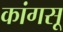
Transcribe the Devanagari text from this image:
कांगसू